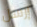
إرسل